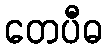
တေပီဓ